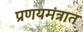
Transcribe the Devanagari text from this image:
प्रणयमंत्रात